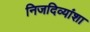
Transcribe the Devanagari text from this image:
निजदिव्यांशा